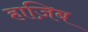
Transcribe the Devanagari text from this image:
हाज़िब